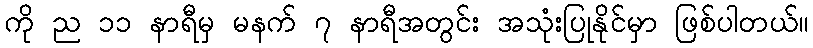
ကို ည ၁၁ နာရီမှ မနက် ၇ နာရီအတွင်း အသုံးပြုနိုင်မှာ ဖြစ်ပါတယ်။